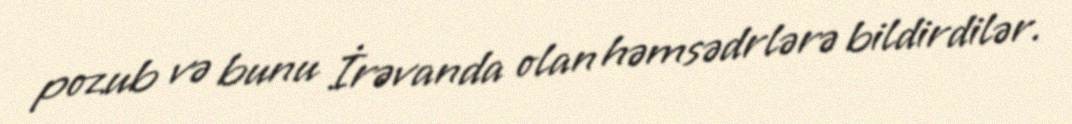
pozub və bunu İrəvanda olan həmsədrlərə bildirdilər.